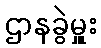
ဌာနခွဲမှူး